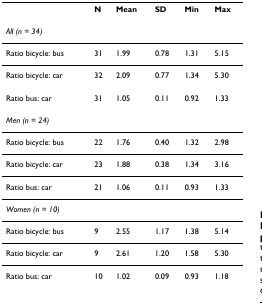
|  | N | Mean | SD | Min | Max |
 | --- | --- | --- | --- | --- | --- |
 | All (n = 34) |  |  |  |  |  |
 | Ratio bicycle: bus | 31 | 1.99 | 0.78 | 1.31 | 5.15 |
 | Ratio bicycle: car | 32 | 2.09 | 0.77 | 1.34 | 5.30 |
 | Ratio bus: car | 31 | 1.05 | 0.11 | 0.92 | 1.33 |
 | Men (n = 24) |  |  |  |  |  |
 | Ratio bicycle: bus | 22 | 1.76 | 0.40 | 1.32 | 2.98 |
 | Ratio bicycle: car | 23 | 1.88 | 0.38 | 1.34 | 3.16 |
 | Ratio bus: car | 21 | 1.06 | 0.11 | 0.93 | 1.33 |
 | Women (n = 10) |  |  |  |  |  |
 | Ratio bicycle: bus | 9 | 2.55 | 1.17 | 1.38 | 5.14 |
 | Ratio bicycle: car | 9 | 2.61 | 1.20 | 1.58 | 5.30 |
 | Ratio bus: car | 10 | 1.02 | 0.09 | 0.93 | 1.18 |